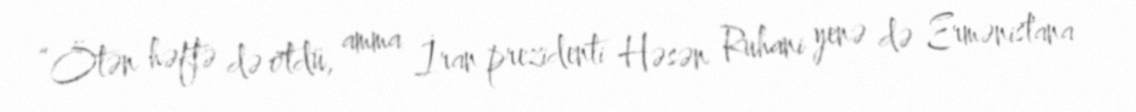
“Ötən həftə də ötdü, amma İran prezidenti Həsən Ruhani yenə də Ermənistana